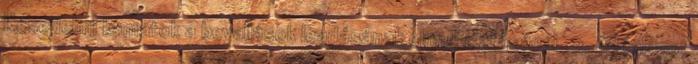
Késedelmi kamatok a bevallások leadásának elmulasztásánál ◦ 3. Adóalapot